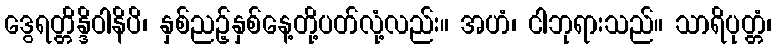
ဒွေရတ္တိန္ဒိဝါနိပိ၊ နှစ်ညဉ့်နှစ်နေ့တို့ပတ်လုံ့လည်း။ အဟံ၊ ငါဘုရားသည်။ သာရိပုတ္တံ၊